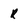
Character: R